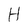
Character: H